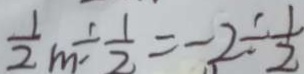
\frac { 1 } { 2 } m \div \frac { 1 } { 2 } = - 2 \div \frac { 1 } { 2 }